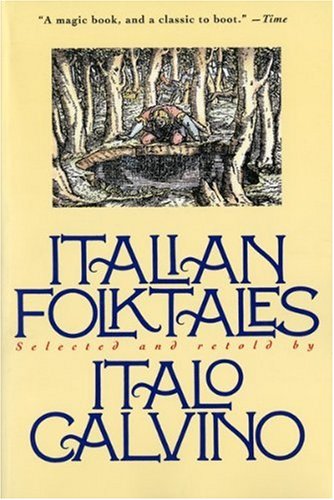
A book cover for Italian Folktales; Italo Calvino; Literature & Fiction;